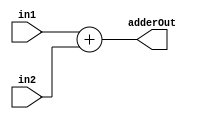
/*##########################################################################################
Note: Please dont upload the assignments, template file/solution and lab. manual on GitHub or others public repository. 
Kindly remove them, if you have uploaded the previous assignments. 
It violates the BITSs Intellectual Property Rights (IPR).
*******************************************************************************************/

module adder(input [31:0] in1, input [31:0] in2, output reg [31:0] adderOut);
    always@(in1, in2)
    begin
        adderOut = in1 + in2;
    end
endmodule